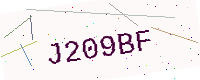
Text: J209BF